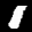
Label: 1